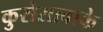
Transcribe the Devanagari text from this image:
कुरोसावाके